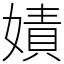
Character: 嫧